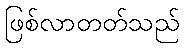
ဖြစ်လာတတ်သည်